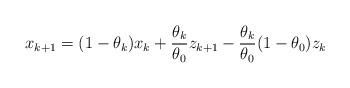
LaTeX: \begin{align*}x_{k+1} = (1-\theta_k)x_k + \frac{\theta_k}{\theta_0}z_{k+1} - \frac{\theta_k}{\theta_0}(1-\theta_0) z_k\end{align*}